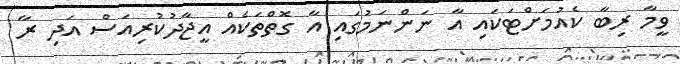
ވީމާ ރިބާ ކެއުމަށްޓަކައި އާ ނަންނަމުގައި އާ ގޮތްތަކެއް އީޖާދުކުރިއަސް އަދި ރާ